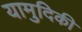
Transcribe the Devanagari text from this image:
यामुदिकी